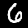
Label: 6